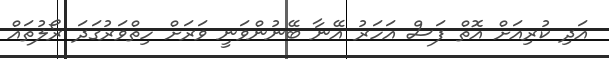
އަދި ކުރިއަށް އޮތް ފަސް އަހަރު އޭނާ ބޭނުންވަނީ ވަރަށް ހިތްވަރުގަދަ ރޯލުތައް